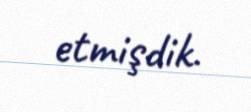
etmişdik.